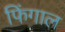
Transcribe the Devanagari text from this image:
फिंगाल